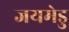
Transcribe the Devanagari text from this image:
जयमेडु